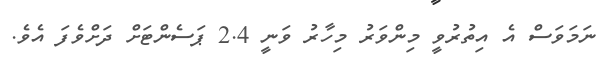
ނަމަވަސް އެ އިތުރުވީ މިންވަރު މިހާރު ވަނީ 2.4 ޕަސެންޓަށް ދަށްވެފަ އެވެ.